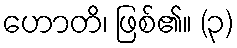
ဟောတိ၊ ဖြစ်၏။ (၃)